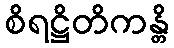
စိရဋ္ဌိတိကန္တိ